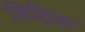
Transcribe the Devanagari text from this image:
सिद्धिया